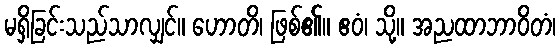
မရှိခြင်းသည်သာလျှင်။ ဟောတိ၊ ဖြစ်၏။ ဧဝံ၊ သို့။ အညထာဘာဝိတံ၊